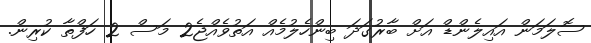
ސޮލަމަން އައިލެންޑް އަށް ބާރުގަދަ ބިންހެލުމެއް އަތުވެއްޖެ2 މަސް 2 ހަފްތާ ކުރިން.